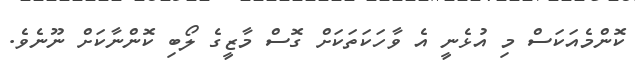
ކޮންމެއަކަސް މި އުޅެނީ އެ ވާހަކަތަކަށް ގޮސް މާޒީގެ ލޯބި ކޮންނާކަށް ނޫނެވެ.